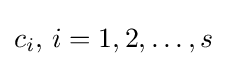
c_{i},\,i=1,2,\ldots ,s